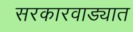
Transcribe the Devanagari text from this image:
सरकारवाड्यात